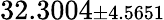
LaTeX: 32.3004{\scriptstyle\pm 4.5651}